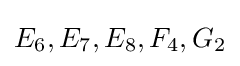
E_{6},E_{7},E_{8},F_{4},G_{2}